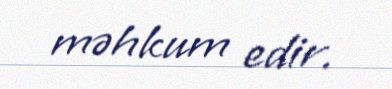
məhkum edir.